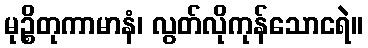
မုဉ္စိတုကာမာနံ၊ လွတ်လိုကုန်သောငရဲ။